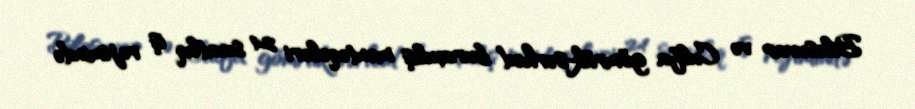
Biləsuvar və Culfa gömrük-sərhəd buraxılış məntəqələri 24 saatlıq iş rejimində